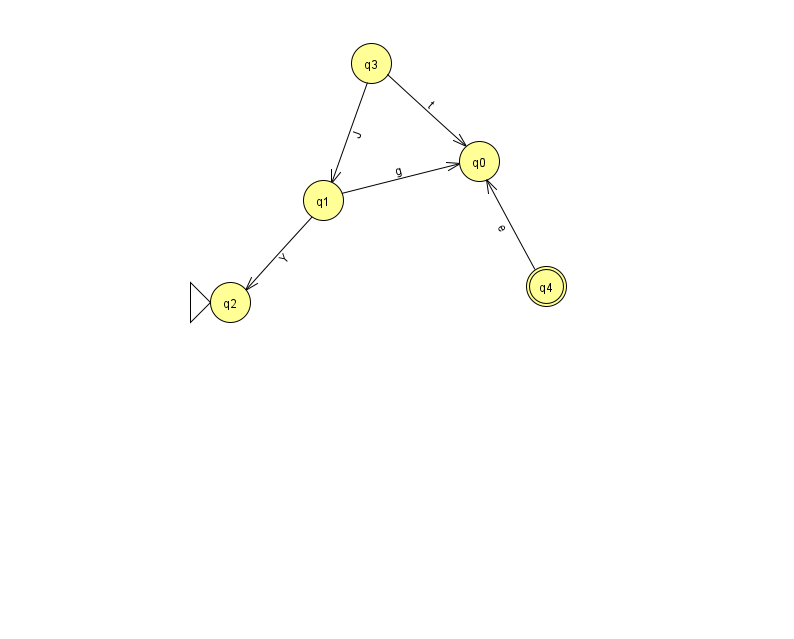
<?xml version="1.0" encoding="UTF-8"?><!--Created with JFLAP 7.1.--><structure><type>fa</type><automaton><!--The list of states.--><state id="0" name="q0"><x>479.0</x><y>148.0</y></state><state id="1" name="q1"><x>323.0</x><y>187.0</y></state><state id="2" name="q2"><x>230.0</x><y>289.0</y><initial/></state><state id="3" name="q3"><x>371.0</x><y>50.0</y></state><state id="4" name="q4"><x>546.0</x><y>273.0</y><final/></state><!--The list of transitions.--><transition><from>3</from><to>1</to><read>J</read></transition><transition><from>1</from><to>0</to><read>g</read></transition><transition><from>3</from><to>0</to><read>t</read></transition><transition><from>4</from><to>0</to><read>e</read></transition><transition><from>1</from><to>2</to><read>Y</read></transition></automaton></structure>